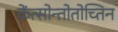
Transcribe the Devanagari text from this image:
केंत्सोन्तोतोच्तिन